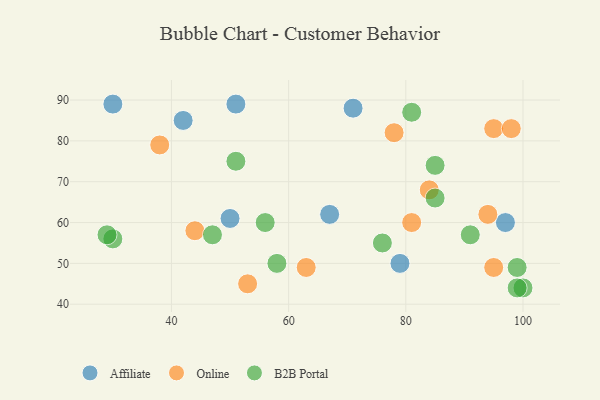
{"axis": {"x": "GDP", "y": "Life Expectancy"}, "legend": ["Affiliate", "B2B Portal", "Online"], "data": [{"x": "79", "y": 50, "type": "Affiliate"}, {"x": "97", "y": 60, "type": "Affiliate"}, {"x": "30", "y": 89, "type": "Affiliate"}, {"x": "71", "y": 88, "type": "Affiliate"}, {"x": "42", "y": 85, "type": "Affiliate"}, {"x": "51", "y": 89, "type": "Affiliate"}, {"x": "67", "y": 62, "type": "Affiliate"}, {"x": "50", "y": 61, "type": "Affiliate"}, {"x": "78", "y": 82, "type": "Online"}, {"x": "84", "y": 68, "type": "Online"}, {"x": "53", "y": 45, "type": "Online"}, {"x": "95", "y": 83, "type": "Online"}, {"x": "63", "y": 49, "type": "Online"}, {"x": "95", "y": 49, "type": "Online"}, {"x": "44", "y": 58, "type": "Online"}, {"x": "94", "y": 62, "type": "Online"}, {"x": "81", "y": 60, "type": "Online"}, {"x": "38", "y": 79, "type": "Online"}, {"x": "98", "y": 83, "type": "Online"}, {"x": "51", "y": 75, "type": "B2B Portal"}, {"x": "30", "y": 56, "type": "B2B Portal"}, {"x": "85", "y": 66, "type": "B2B Portal"}, {"x": "85", "y": 74, "type": "B2B Portal"}, {"x": "56", "y": 60, "type": "B2B Portal"}, {"x": "81", "y": 87, "type": "B2B Portal"}, {"x": "47", "y": 57, "type": "B2B Portal"}, {"x": "100", "y": 44, "type": "B2B Portal"}, {"x": "99", "y": 44, "type": "B2B Portal"}, {"x": "99", "y": 49, "type": "B2B Portal"}, {"x": "29", "y": 57, "type": "B2B Portal"}, {"x": "58", "y": 50, "type": "B2B Portal"}, {"x": "91", "y": 57, "type": "B2B Portal"}, {"x": "76", "y": 55, "type": "B2B Portal"}]}